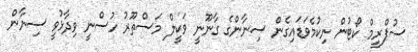
ސުޕްރީމް ކޯޓުން ނިކުމެވަޑައިގެން ސިނާންގެ ގާނޫނީ ވަކީލް މަސްތޫރު ހުސްނީ ވިދާޅުވީ ސިނާން